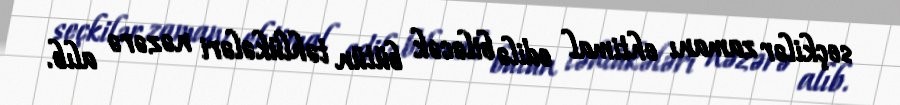
seçkilər zamanı ehtimal edilə biləcək bütün təhlükələri nəzərə alıb.